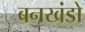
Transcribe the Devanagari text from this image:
बनखंडो